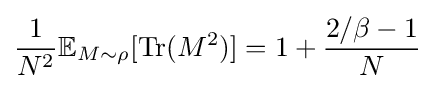
{\frac {1}{N^{2}}}\mathbb {E} _{M\sim \rho }[\operatorname {Tr} (M^{2})]=1+{\frac {2/\beta -1}{N}}